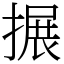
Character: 搌